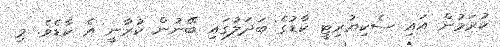
ކުރަމުން އައި ސެކިޔުރިޓީ ކާޑުގެ ބަދަލުގައި ބޭނުން ކުރާނީ އެ ކާޑެވެ. މި